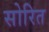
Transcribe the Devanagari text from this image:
सोरित